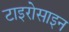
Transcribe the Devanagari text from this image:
टाइरोसाइन